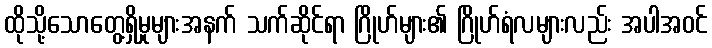
ထိုသို့သောတွေ့ရှိမှုများအနက် သက်ဆိုင်ရာ ဂြိုဟ်များ၏ ဂြိုဟ်ရံလများလည်း အပါအဝင်